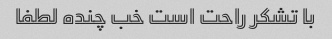
با تشکر راحت است خب چنده لطفا